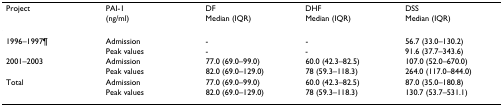
<table><thead><tr><td><b>Project</b></td><td><b>PAI-1</b></td><td><b>DF</b></td><td><b>DHF</b></td><td><b>DSS</b></td></tr><tr><td></td><td><b>(ng/ml)</b></td><td><b>Median (IQR)</b></td><td><b>Median (IQR)</b></td><td><b>Median (IQR)</b></td></tr></thead><tbody><tr><td>1996–1997¶</td><td>Admission</td><td>-</td><td>-</td><td>56.7 (33.0–130.2)</td></tr><tr><td></td><td>Peak values</td><td>-</td><td>-</td><td>91.6 (37.7–343.6)</td></tr><tr><td>2001–2003</td><td>Admission</td><td>77.0 (69.0–99.0)</td><td>60.0 (42.3–82.5)</td><td>107.0 (52.0–670.0)</td></tr><tr><td></td><td>Peak values</td><td>82.0 (69.0–129.0)</td><td>78 (59.3–118.3)</td><td>264.0 (117.0–844.0)</td></tr><tr><td>Total</td><td>Admission</td><td>77.0 (69.0–99.0)</td><td>60.0 (42.3–82.5)</td><td>87.0 (35.0–180.8)</td></tr><tr><td></td><td>Peak values</td><td>82.0 (69.0–129.0)</td><td>78 (59.3–118.3)</td><td>130.7 (53.7–531.1)</td></tr></tbody></table>